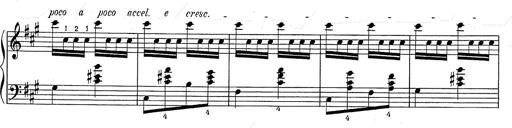
Title: Hungarian Rhapsody No.2
Composer: Franz Liszt
Key: C-sharp minor